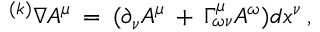
^ { ( k ) } \nabla A ^ { \mu } \: = \: ( \partial _ { \nu } A ^ { \mu } \: + \: \Gamma _ { \omega \nu } ^ { \mu } A ^ { \omega } ) d x ^ { \nu } \: ,